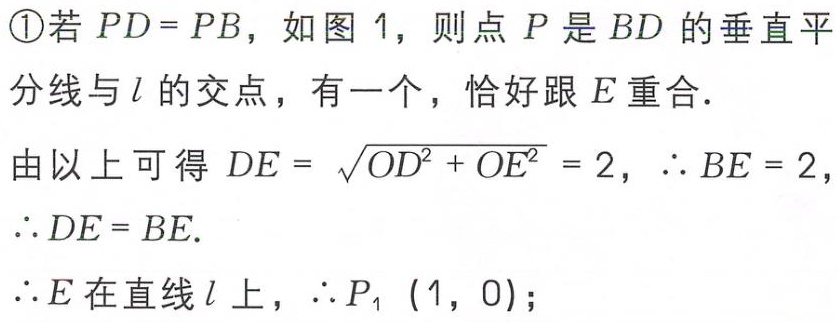
\textcircled{1}若 \(PD = PB\)，如图1，则点 \(P\) 是 \(BD\) 的垂直平分线与 \(l\) 的交点，有一个，恰好跟 \(E\) 重合．

由以上可得 \(DE = \sqrt{OD^{2}+OE^{2}} = 2\)，\(\therefore BE = 2\)，

\(\therefore DE = BE\)．

\(\therefore DE = BE\)．

\(\therefore E\) 在直线 \(l\) 上，\(\therefore P_{1}(1,0)\)；